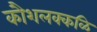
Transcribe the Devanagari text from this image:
कौशलक्कळि